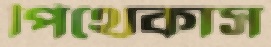
পিথেকাস